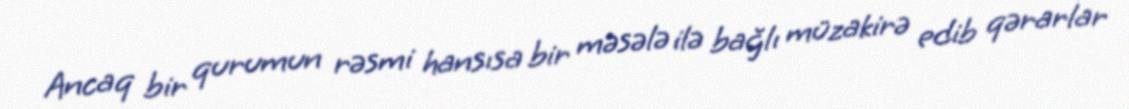
Ancaq bir qurumun rəsmi hansısa bir məsələ ilə bağlı müzakirə edib qərarlar